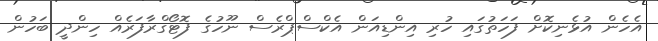
އެހެން އުޅެނިކޮށް ފަހަތުގައި ހުރި އިންޑިއަން އެކްސްޕްރެސް ނޫހުގެ ފޮޓޯގްރާފަރެއް ހިންދީ ބަހުން